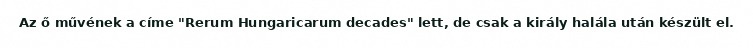
Az ő művének a címe "Rerum Hungaricarum decades" lett, de csak a király halála után készült el.